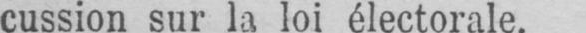
cussion sur la loi électorale.